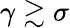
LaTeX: \gamma\gtrsim\sigma